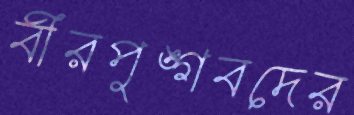
বীরপুঙ্গবদের